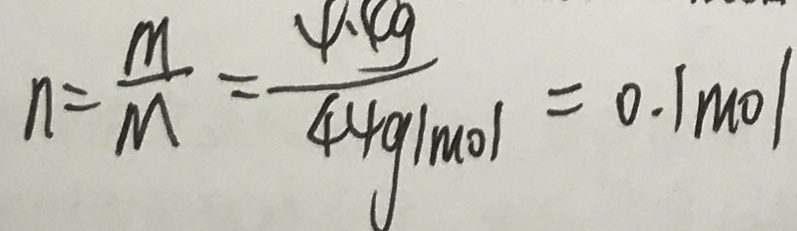
n = \frac { m } { M } = \frac { 4 . 4 g } { 4 4 g / m o l } = 0 . 1 m o l